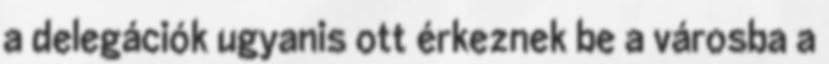
a delegációk ugyanis ott érkeznek be a városba a